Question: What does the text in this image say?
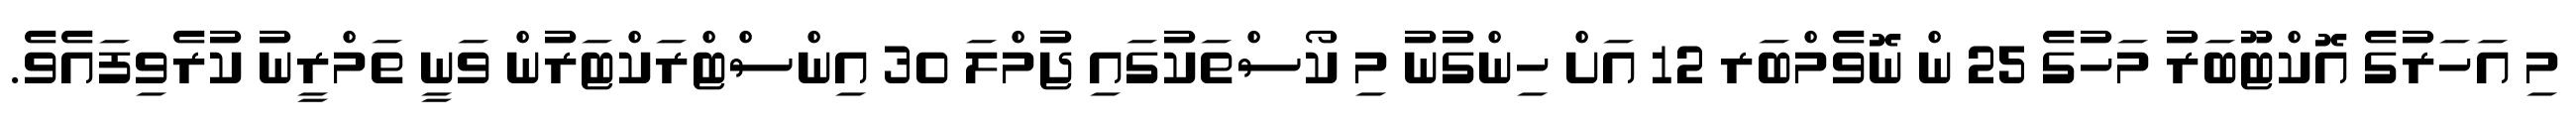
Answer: މި އަހަރުގެ އޮކްޓޫބަރު މަހުގެ 25 ން ނޮވެމްބަރ 12 އަށް ހިންގުނު މި ކޯސްތަކުގައި ޖުމްލަ 30 އިންސްޓްރަކްޓަރުން ވަނީ ތަމްރީނު ކުރެވިފައެވެ.